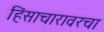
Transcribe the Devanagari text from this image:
हिंसाचारावरचा